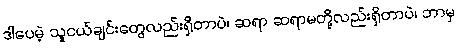
ဒါပေမဲ့ သူငယ်ချင်းတွေလည်းရှိတာပဲ၊ ဆရာ ဆရာမတို့လည်းရှိတာပဲ၊ ဘာမှ